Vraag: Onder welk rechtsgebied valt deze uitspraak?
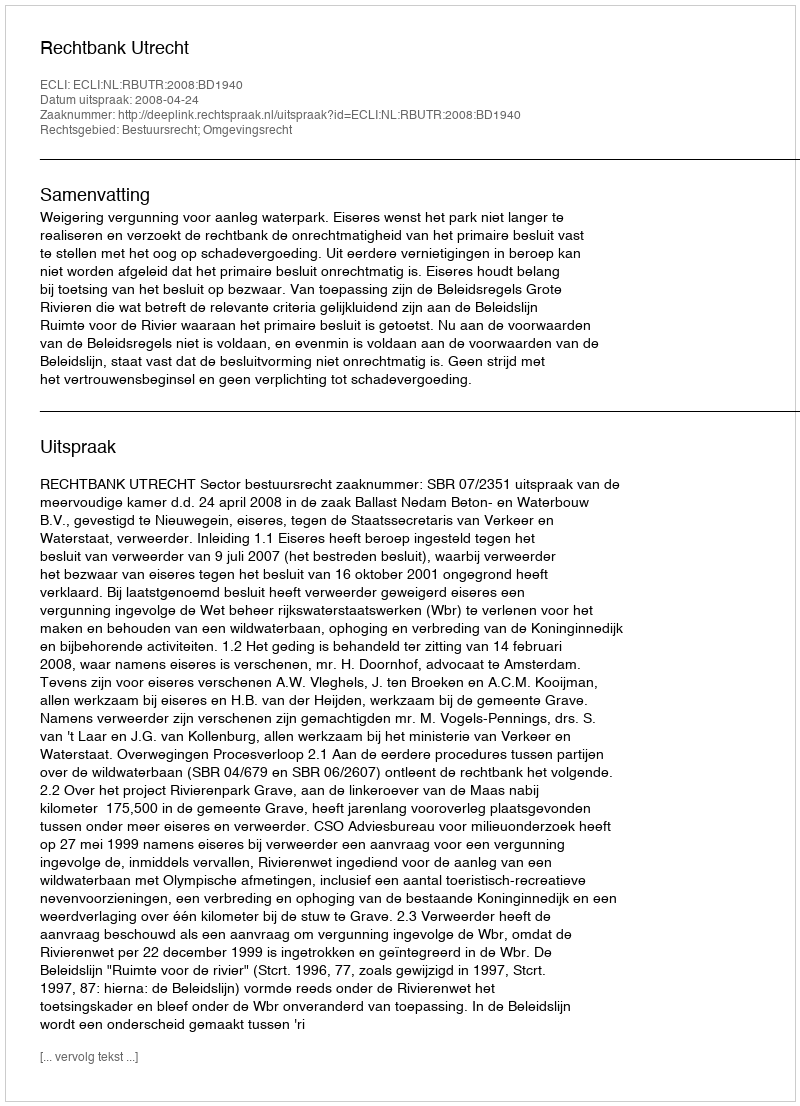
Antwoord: Bestuursrecht; Omgevingsrecht